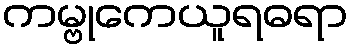
ကမ္ဗုကေယူရဓရာ